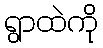
ရွာထဲကို